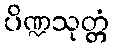
ပိဏ္ဍသုတ္တံ